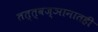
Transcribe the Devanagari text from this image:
तत्त्वज्ञानातही